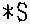
*S